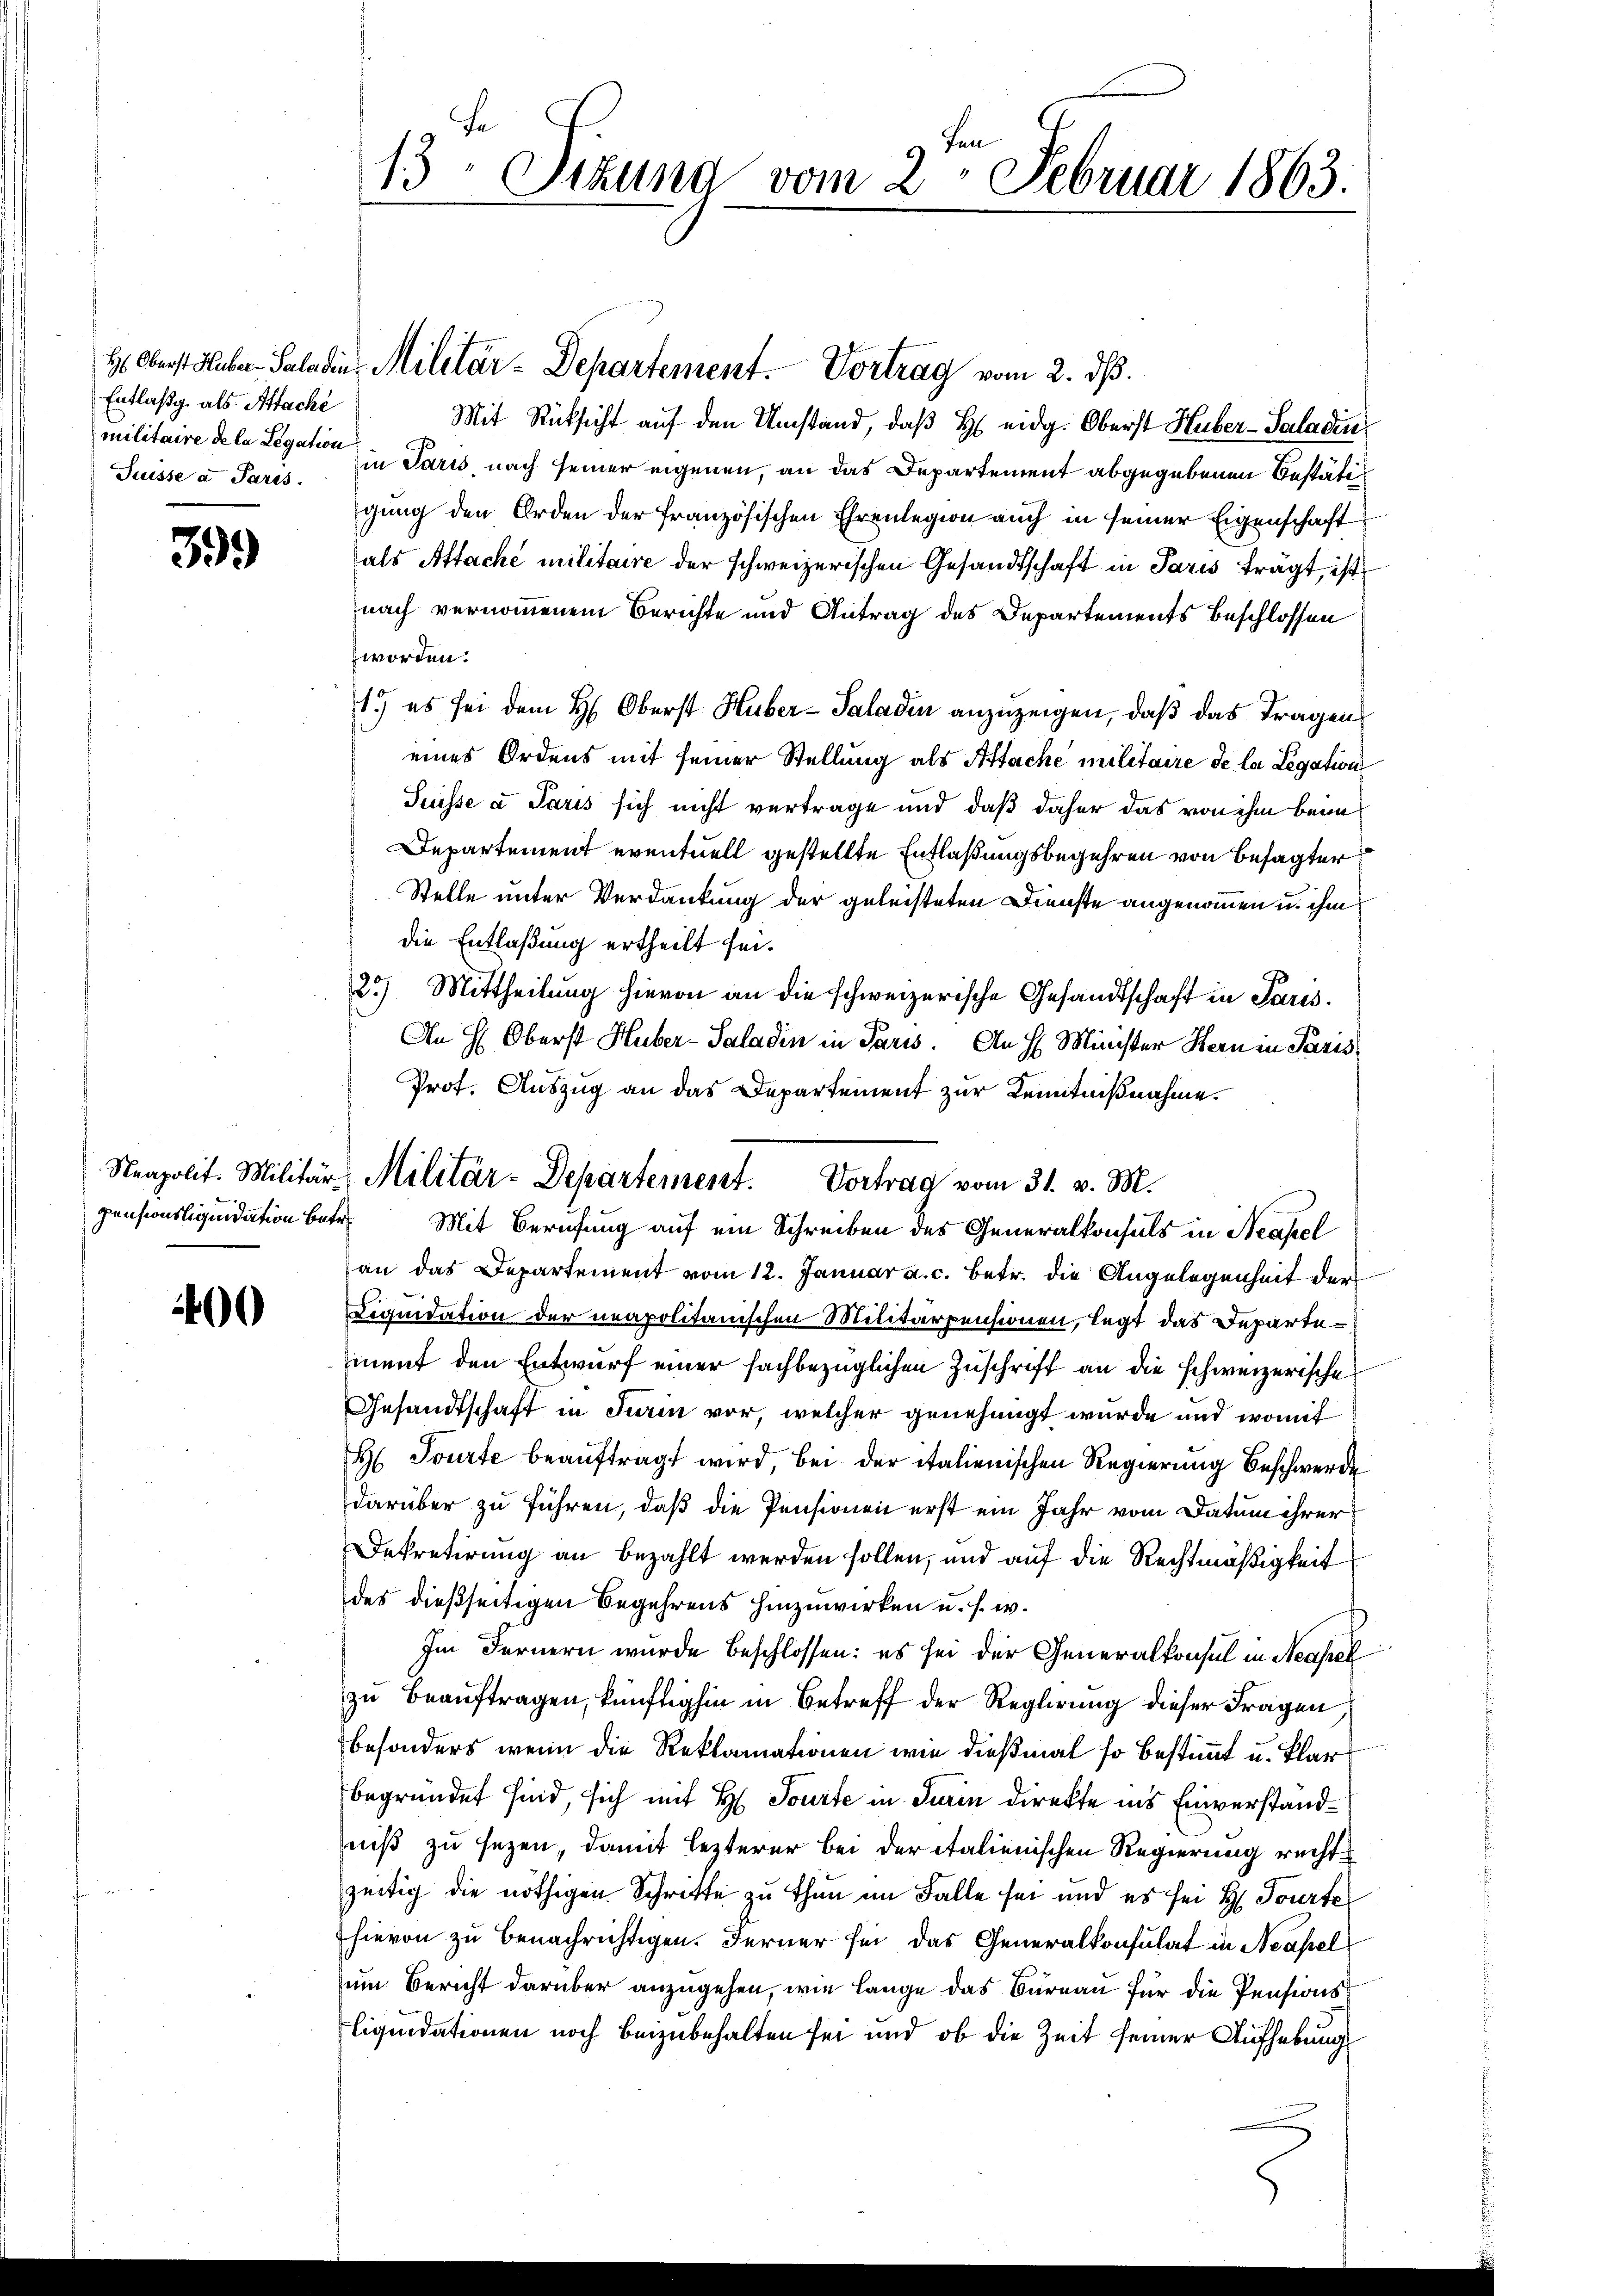
Entlaßg als Attaché
Suisse a Paris.

399

400

ritt
13 Stund vom 2. Februar 1863.

H. Oberst Huber-Sala die Militär-Departement. Vortrag vom 2. dß.
Mit Rücksicht auf den Umstand, daß H. eidg. Oberst Huber-Saladin
militaire de la Legation in Paris, nach seiner eigenen, an das Departement abgegebenen Bestätigung den Orden der französischen Ehrenlegion auch in seiner Eigenschaft
als Attaché militaire der schweizerischen Gesandtschaft in Paris trägt, ist
nach vernommenem Berichte und Antrag des Departements Beschlossen
worden.
1.) es sei dem H: Oberst Huber-Saladin anzuzeigen, daß das Fragen
eines Ordens mit seiner Stellung als Attache militaire de la Legation
Suisse a Paris sich nicht vertrage und daß daher das von ihm beim
Departement eventuell gestellte Entlaßungsbegehren von besagter
Stelle unter Verdankung der geleisteten Dienste angenommen u. ihm
die Entlaßung ertheilt sei.
25.) Mittheilung hievon an die schweizerische Gesandtschaft in Paris.
An H: Oberst Huber-Saladin in Paris. An H. Minister Hern in Paris
Prof. Auszug an das Departement zur Kenntnißnahme.
pensionsliquidation betr. Mit Berufung auf ein Schreiben des Generalkonsuls in Neapel
an das Departement vom 12. Januar a. c. betr. die Angelegenheit der
Liquidation der neapolitanischen Militärpensionen, legt das Departement den Entwurf einer sachbezüglichen Zuschrift an die schweizerische
Gesandtschaft in Turin vor, welcher genehmigt wurde und womit
H Tourte beauftragt wird, bei der italienischen Regierung Beschwerde
darüber zu führen, daß die Pensionen erst ein Jahr vom Datum ihrer
Dekretirung an bezahlt werden sollen, und auf die Rechtmäßigkeit
des dießseitigen Begehrens hinzuwirken u. s. w.
Im Fernern wurde beschlossen: es sei der Generalkonsul in Neapel
zu beauftragen, künftighin in Betreff der Reglirung dieser Fragen,
besonders wenn die Reklamationen wie dießmal so bestimmt u. klar
begründet sind, sich mit H. Tourte in Turin direkte ins Einverstandniß zu sezen, damit lezterer bei der italienischen Regierung rechtzeitig die nöthigen Schritte zu thun im Falle sei und es sei H. Tourte
hievon zu benachrichtigen. Ferner sei das Generalkonsulat in Neapel
um Bericht darüber anzugehen, wie lange das Büreau für die Pensionsliquidationen noch beizubehalten sei und ob die Zeit seiner Aufhebung

Neapolit. Militär Militär-Departement. Vortrag vom 31. v. M.